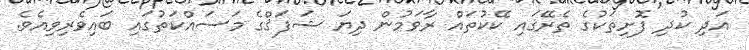
އަދި ކުދި ފޮށިތަކުގެ ތެރޭގައި ކޭކުތައް ރާވަމުން ދިޔަ ޝަފަޤްގެ މަސައްކަތުގައި ބައިވެރިވިއެވެ.